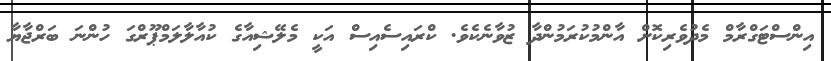
އިންސްޓަގްރާމް މެދުވެރިކޮށް އާންމުކުރަމުންދާ ޒުވާނެކެވެ. ކްރައިސެއިސް އަކީ މެލޭޝިއާގެ ކުއާލާލަމްޕޫރްގަ ހުންނަ ބަރްޖާޔާ